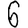
Digit: 6